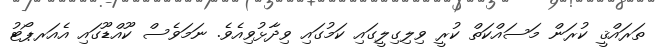
ތަރައްޤީ ކުރަން މަސައްކަތް ކުރީ ވިލިގިލީގައި ކަމުގައި ވިދާޅުވިއެވެ. ނަމަވެސް ކޫއްޑޫގައި އެއަރޕޯޓު